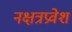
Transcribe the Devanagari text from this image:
नक्षत्रप्रवेश